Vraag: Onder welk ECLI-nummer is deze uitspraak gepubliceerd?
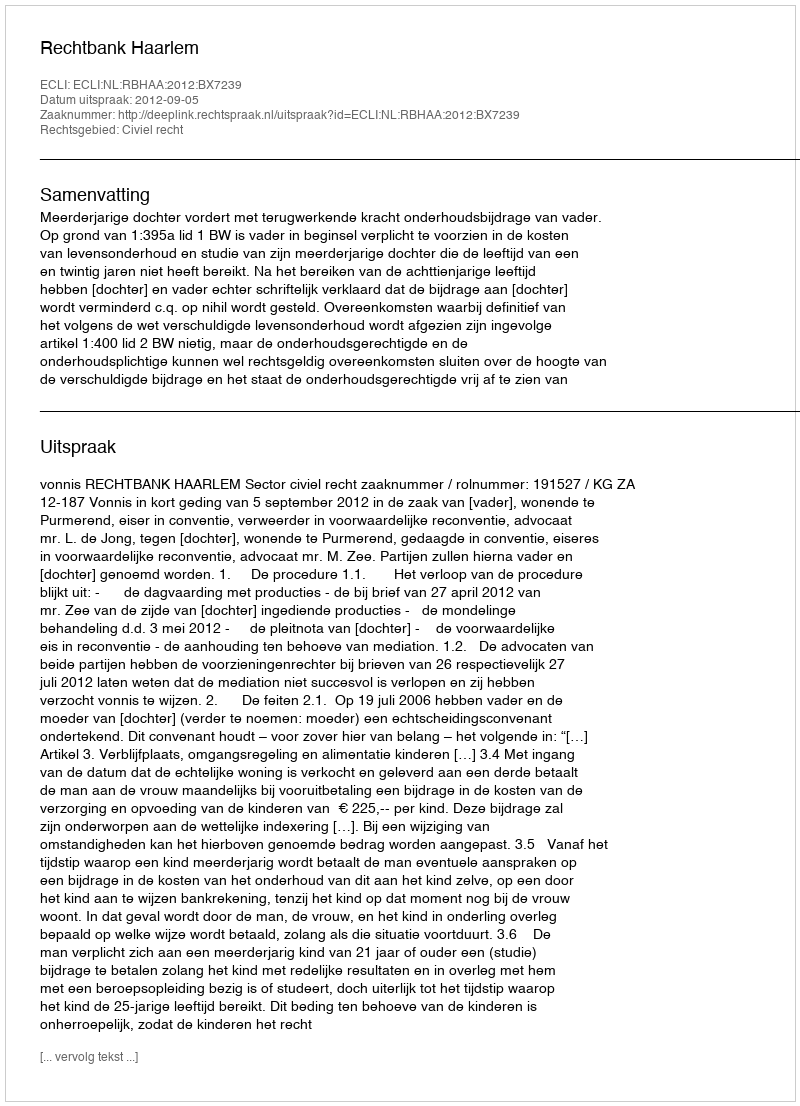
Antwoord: ECLI:NL:RBHAA:2012:BX7239